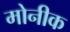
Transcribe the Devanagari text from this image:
मोनीक